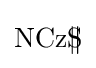
\mathrm {NCzS} \!\!\!\Vert